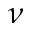
\nu